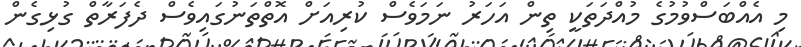
މި އެއްބަސްވުމުގެ މުއްދަތަކީ ތިން އަހަރު ނަމަވެސް ކުރިއަށް އޮތްތަނުގައިވެސް ދެފަރާތް ގުޅިގެން